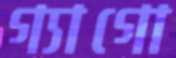
গ্যাগো